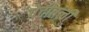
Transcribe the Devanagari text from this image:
पेटीतली